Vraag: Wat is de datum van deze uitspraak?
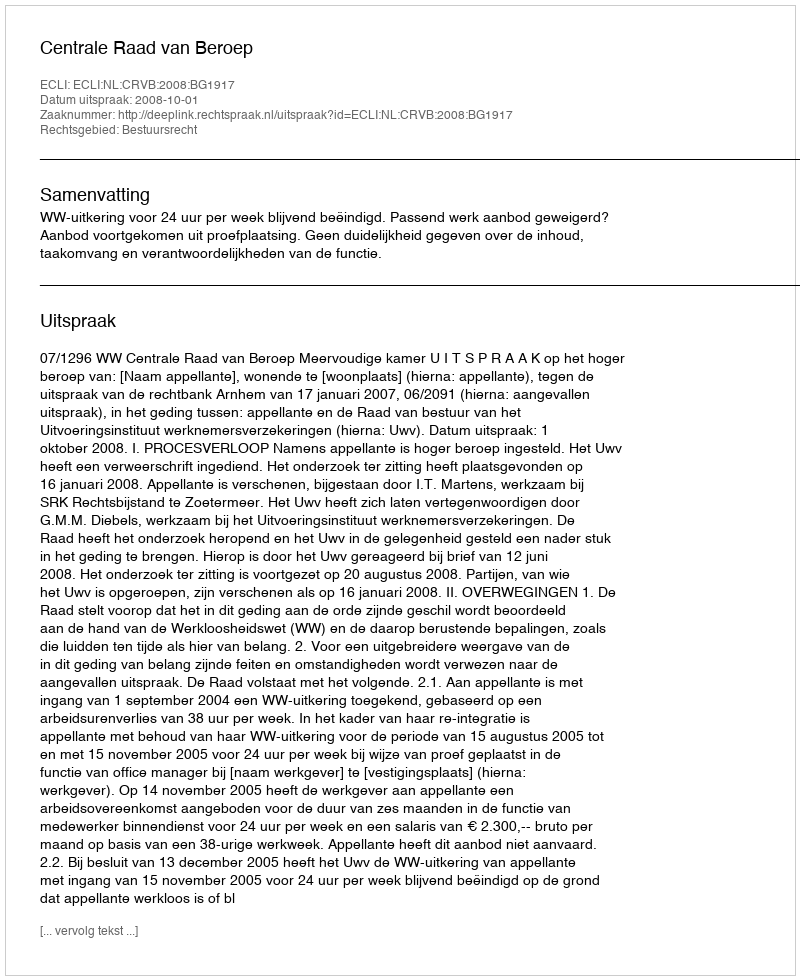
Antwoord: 2008-10-01